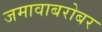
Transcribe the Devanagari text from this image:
जमावाबरोबर